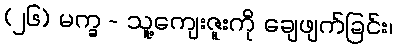
(၂၆) မက္ခ - သူ့ကျေးဇူးကို ချေဖျက်ခြင်း၊